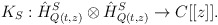
\begin{align*}K_{S}: \hat{H}_{Q(t,z)}^{S} \otimes \hat{H}_{Q(t,z)}^{S} \rightarrow C[[z]].\end{align*}